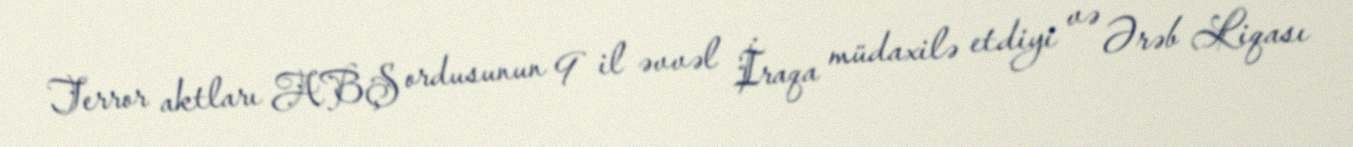
Terror aktları ABŞ ordusunun 9 il əvvəl İraqa müdaxilə etdiyi və Ərəb Liqası